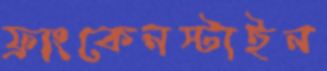
ফ্রাংকেনস্টাইন